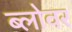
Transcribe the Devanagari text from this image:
ब्लोवर